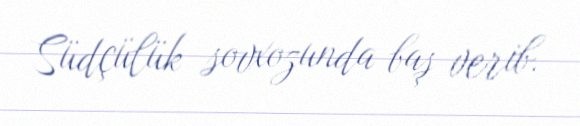
Südçülük sovxozunda baş verib.